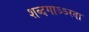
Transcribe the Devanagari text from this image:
शब्दगाऽऽरवा